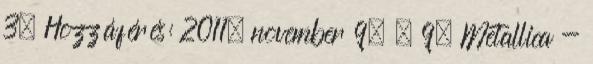
3. Hozzáférés: 2011. november 9. ↑ 9. Metallica -